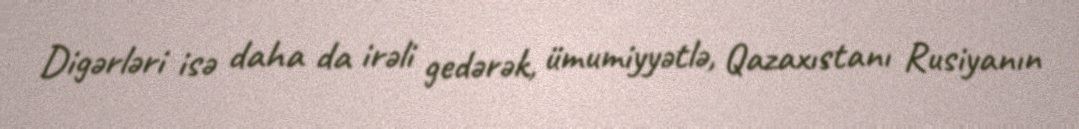
Digərləri isə daha da irəli gedərək, ümumiyyətlə, Qazaxıstanı Rusiyanın